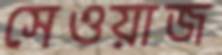
সেওয়াজ